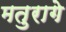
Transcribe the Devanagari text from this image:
मतुरागे